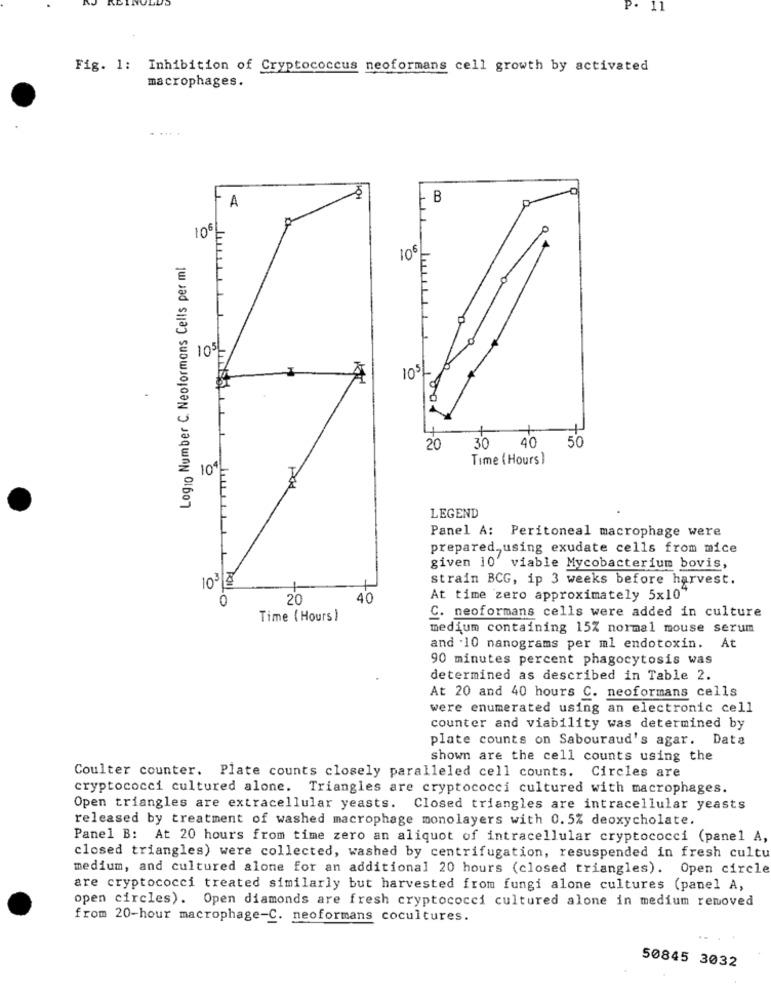
11
Fig. 1: Inhibition of Cryptococcus neoformans cell growth by activated
macrophages.
R
A
P
106=
Log10 Number C. Neoformans Cells per ml
10€
0
10%
40
50
20
30
Time ( Hours)
104.
LEGEND
Panel A: Peritoneal macrophage were
prepared, using exudate cells from mice
given 10' viable Mycobacterium bovis,
strain BCG, ip 3 weeks before harvest.
1032
0
20
40
At time zero approximately 5x10"
Time ( Hours)
C. neoformans cells were added in culture
medium containing 15% normal mouse serum
and .10 nanograms per ml endotoxin. At
90 minutes percent phagocytosis was
determined as described in Table 2.
At 20 and 40 hours C. neoformans cells
were enumerated using an electronic cell
counter and viability was determined by
plate counts on Sabouraud's agar. Data
shown are the cell counts using the
Coulter counter. Plate counts closely paralleled cell counts. Circles are
cryptococci cultured alone. Triangles are cryptococci cultured with macrophages.
Open triangles are extracellular yeasts. Closed triangles are intracellular yeasts
released by treatment of washed macrophage monolayers with 0.5% deoxycholate.
Panel B: At 20 hours from time zero an aliquot of intracellular cryptococci (panel A,
closed triangles) were collected, washed by centrifugation, resuspended in fresh cultu
medium, and cultured alone for an additional 20 hours (closed triangles). Open circle
are cryptococci treated similarly but harvested from fungi alone cultures (panel A,
open circles). Open diamonds are fresh cryptococci cultured alone in medium removed
from 20-hour macrophage-C. neoformans cocultures.
50845 3032